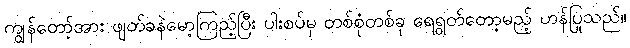
ကျွန်တော့်အား ဖျတ်ခနဲမော့ကြည့်ပြီး ပါးစပ်မှ တစ်စုံတစ်ခု ရေရွတ်တော့မည့် ဟန်ပြုသည်။